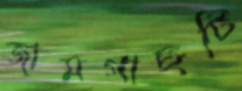
জামগাছটি